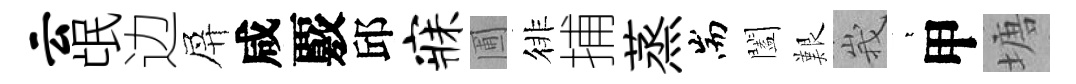
云氓边屏咸覈邱寐圃徘捕蒸耑闔艱峩萋甲塘